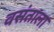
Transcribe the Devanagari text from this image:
वसंताला